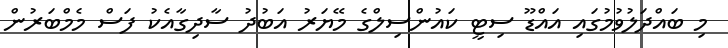
މި ބައްދަލުވުމުގައި އައްޑޫ ސިޓީ ކައުންސިލްގެ މޭޔަރު އަބުދު ސާދިގާއެކު ފަސް މެމްބަރުން